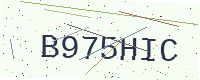
Text: B975HIC